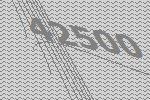
42500